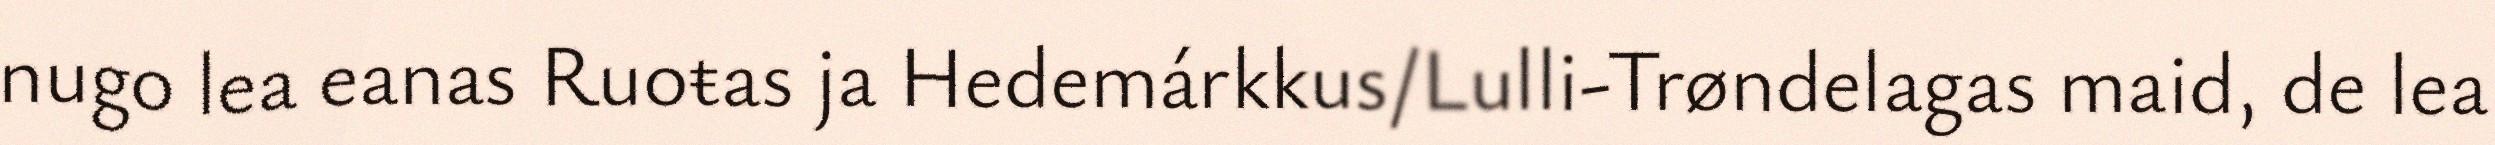
nugo lea eanas Ruoŧas ja Hedemárkkus/Lulli-Trøndelagas maid, de lea